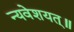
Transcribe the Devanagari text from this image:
न्यवेशयत्॥